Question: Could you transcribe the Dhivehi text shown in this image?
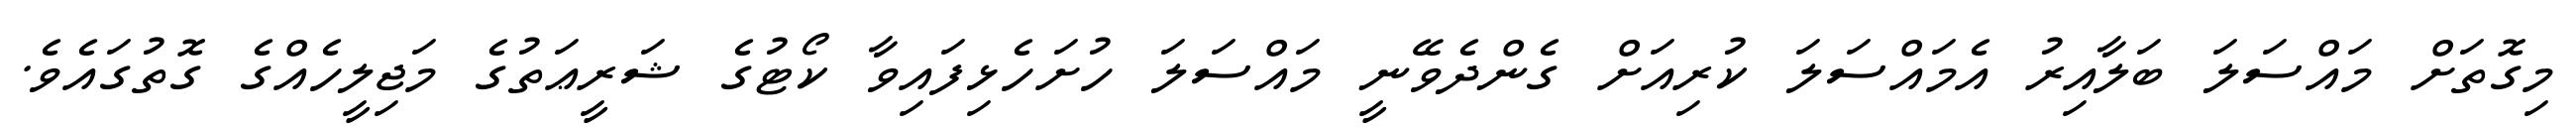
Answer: މިގޮތަށް މައްސަލަ ބަލާއިރު އެމައްސަލަ ކުރިއަށް ގެންދެވޭނީ މައްސަލަ ހުށަހެޅިފައިވާ ކޯޓުގެ ޝަރީޢަތުގެ މަޖިލީހެއްގެ ގޮތުގައެވެ.